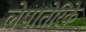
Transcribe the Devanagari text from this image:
लेपातेरिके